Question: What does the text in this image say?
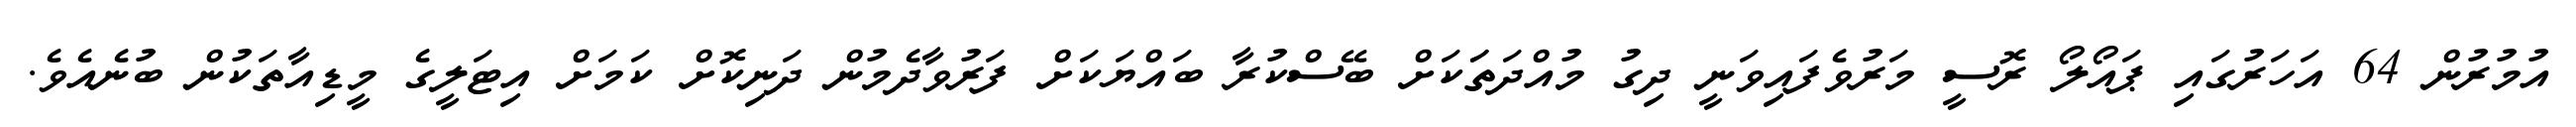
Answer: އުމުރުން 64 އަހަރުގައި ޕައޯލޯ ރޮސީ މަރުވެފައިވަނީ ދިގު މުއްދަތަަކަށް ބޭސްކުރާ ބައްޔަކަށް ފަރުވާދެމުން ދަނިކޮށް ކަމަށް އިޓަލީގެ މީޑިއާތަކުން ބުނެއެވެ.